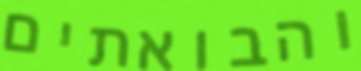
והבואתים